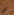
لن